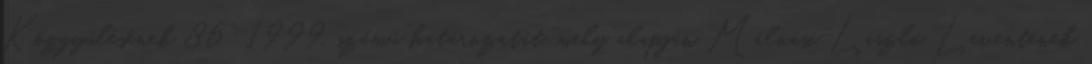
Közgyűlésének 86 1999. számú határozatát, mely alapján Málnási László Leventének